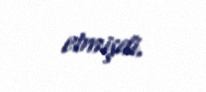
etmişdi.